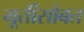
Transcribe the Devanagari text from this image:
मूर्तीसोबत